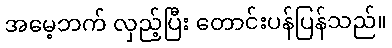
အမေ့ဘက် လှည့်ပြီး တောင်းပန်ပြန်သည်။